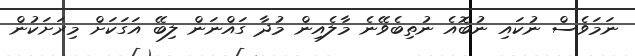
ނަމަވެސް ނުކައި ނުބޮއެ ނުތިބެވޭނެ މާލެއިން މުދާ ގައްނަން ލިބޭ އަގަކަށް މިރަށަކުން